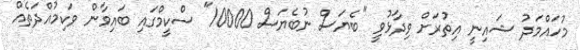
މުހައްމަދު ޝައިނީ އިތުރަށް ވިދާޅުވީ "ބެޔަސް ނުބެޔަސް 10000" ސްކީމްގައި ބައިވާން ވަކިމުއްދަތެއް